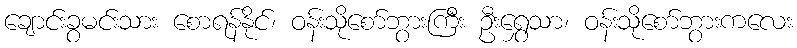
ချောင်းခွမင်းသား စောရန်နိုင်၊ ဝန်းသိုစော်ဘွားကြီး ဦးရွှေသာ၊ ဝန်းသိုစော်ဘွားကလေး